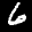
Label: 6